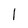
Character: l